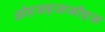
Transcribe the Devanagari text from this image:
ओएसएससीएस